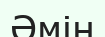
Әмін